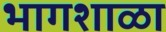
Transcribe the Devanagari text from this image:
भागशाळा